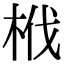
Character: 栰